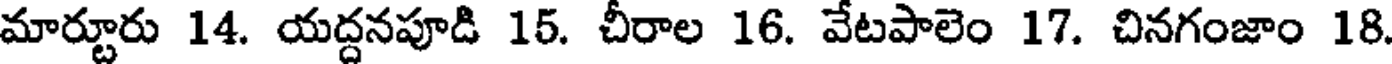
మార్టూరు 14. యద్దనపూడి 15. చీరాల 16. వేటపాలెం 17. చినగంజాం 18